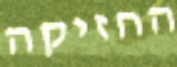
החזיקה